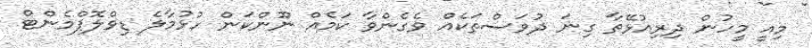
މިއީ މީހުން ދިރިއުޅޭތާ ގިނަ ދުވަސްތަކެއް ވެގެންވާ ކަމެއް ނޫންކަން ހުޅުމާލެ ޑިވްލޮޕްމެންޓް